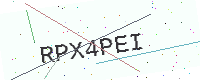
Text: RPX4PEI